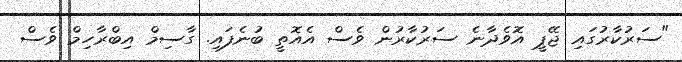
"ސަރުކާރުގައި ޖޭޕީ އޮވެދާނެ ސަރުކާރުން ވެސް އެއޮތީ ބުނެފައި. ގާސިމް އިބްރާހިމް ވެސް